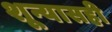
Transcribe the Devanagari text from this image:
शून्यासही